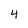
Character: 4